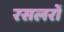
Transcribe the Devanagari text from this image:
रसलरों